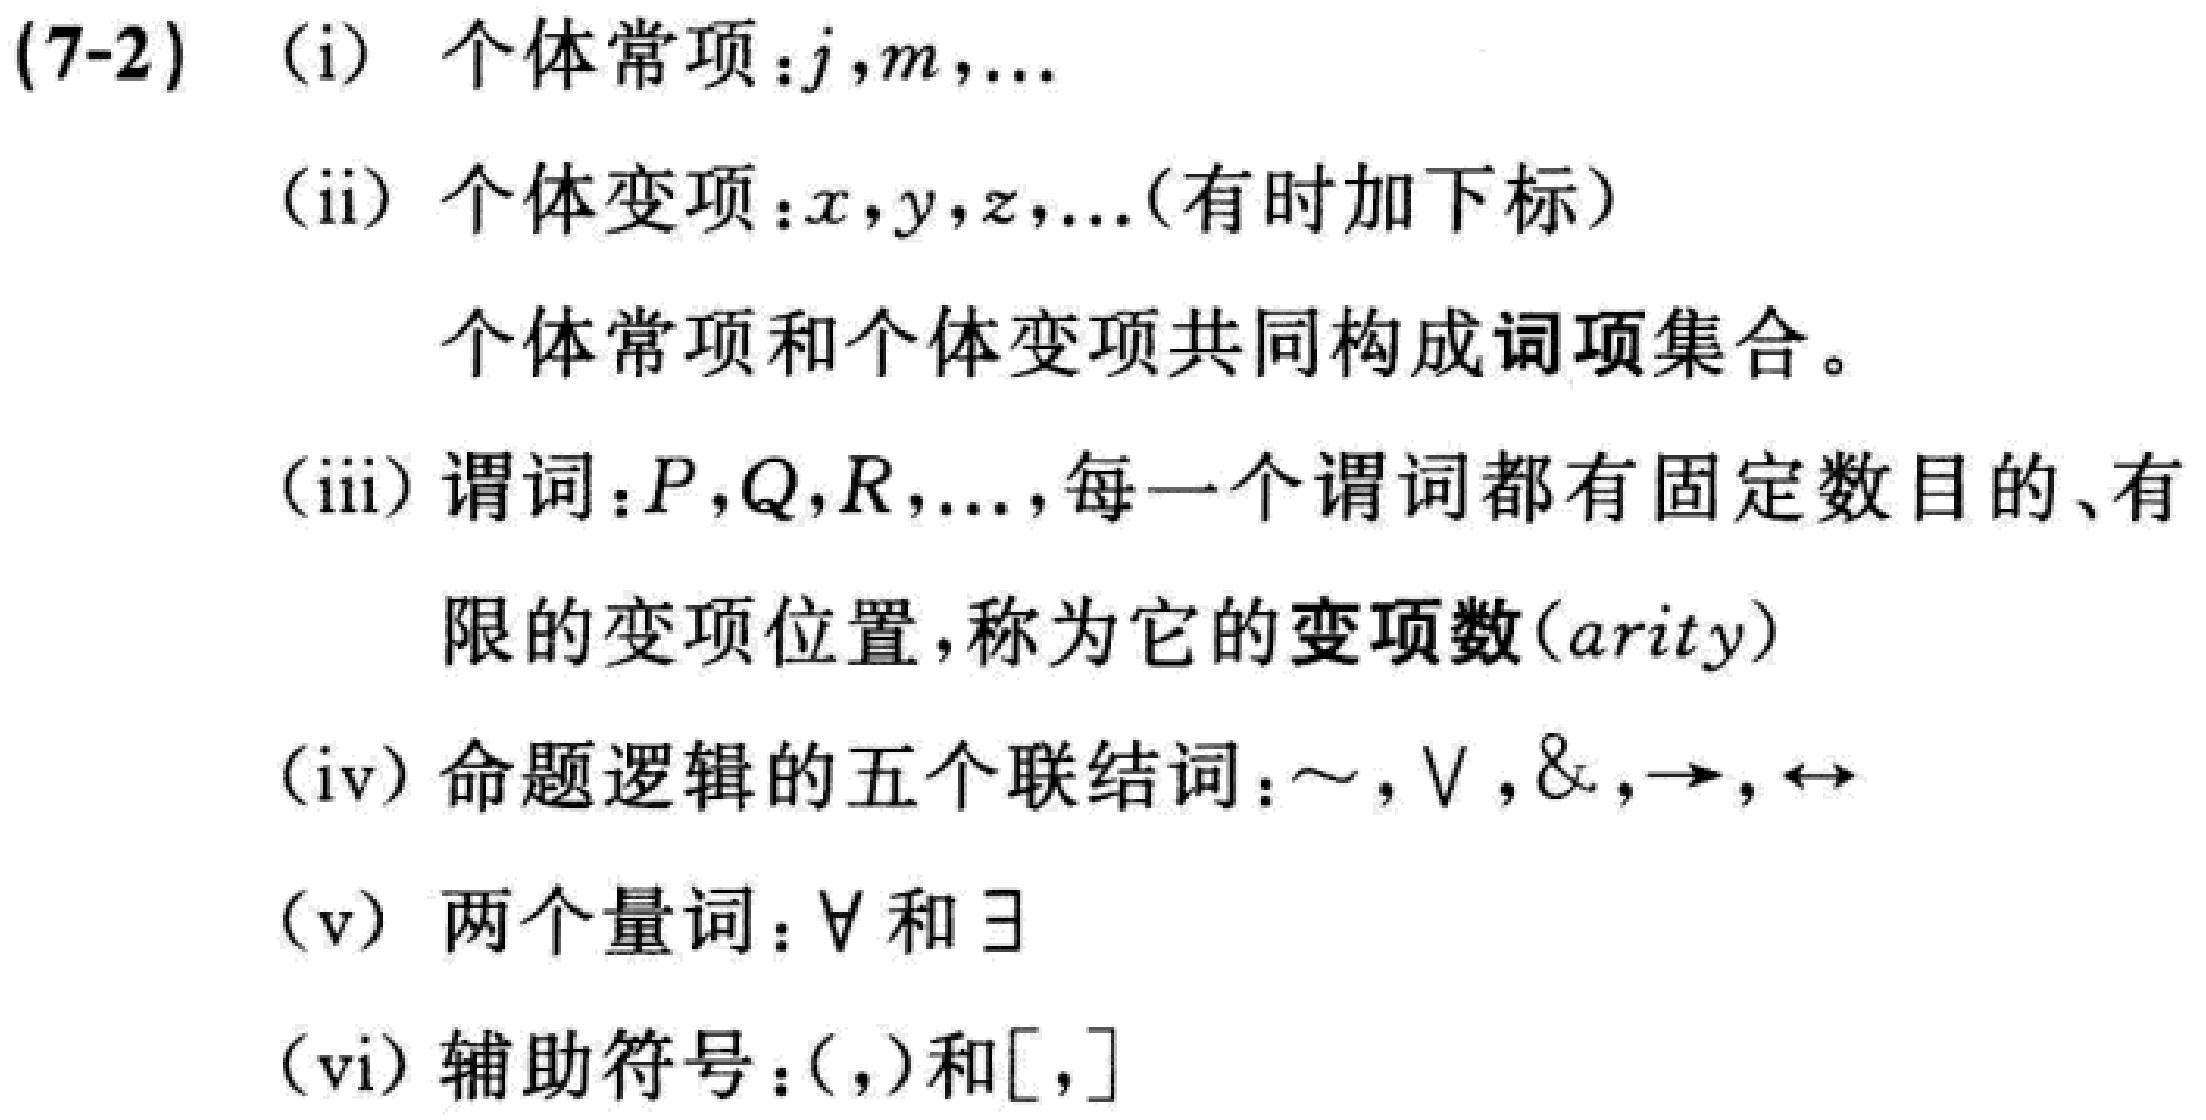
(7-2) (i) 个体常项：\(j,m,\ldots\)

(ii) 个体变项：\(x,y,z,\ldots\)（有时加下标）

个体常项和个体变项共同构成词项集合。

(iii) 谓词：\(P,Q,R,\ldots\)，每一个谓词都有固定数目的、有限的变项位置，称为它的变项数（\(arity\)）

(iv) 命题逻辑的五个联结词：\(\sim,\vee,\&,\to,\leftrightarrow\)

(v) 两个量词：\(\forall\) 和 \(\exists\)

(vi) 辅助符号：\((,)\)和\([,]\)